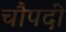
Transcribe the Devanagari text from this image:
चौपदी